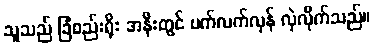
သူသည် ခြံစည်းရိုး အနီးတွင် ပက်လက်လှန် လှဲလိုက်သည်။